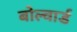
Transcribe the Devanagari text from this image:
बोल्वार्ड